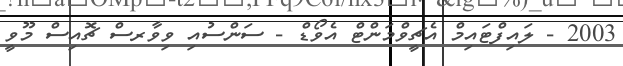
2003 - ލައިފްޓައިމް އެޗީވްމަންޓް އެވޯޑް - ސަންސުއި ވިވާރސް ޗޮއިސް މޫވީ